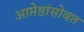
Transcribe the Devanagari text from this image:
आप्तेष्ठांसोबत